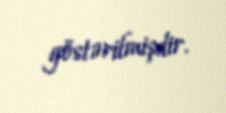
göstərilmişdir.